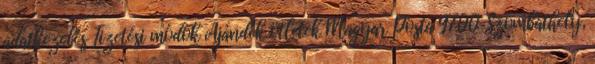
adatkezelés Fizetési módok Ajándék ötletek Magyar Posta 9700 Szombathely,